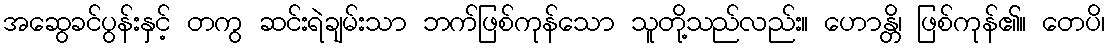
အဆွေခင်ပွန်းနှင့် တကွ ဆင်းရဲချမ်းသာ ဘက်ဖြစ်ကုန်သော သူတို့သည်လည်း။ ဟောန္တိ၊ ဖြစ်ကုန်၏။ တေပိ၊